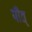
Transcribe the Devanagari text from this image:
पीत्